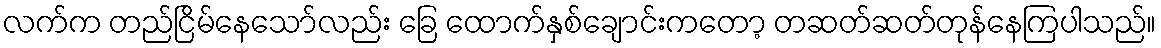
လက်က တည်ငြိမ်နေသော်လည်း ခြေ ထောက်နှစ်ချောင်းကတော့ တဆတ်ဆတ်တုန်နေကြပါသည်။